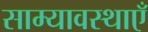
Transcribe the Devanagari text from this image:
साम्यावस्थाएँ